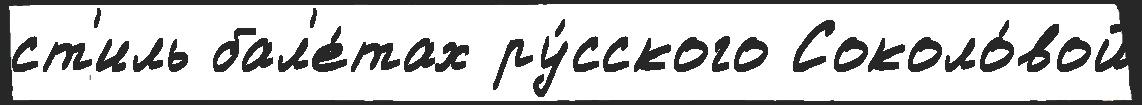
ст'иль бал'е́тах ру́сского Соколо́вой